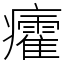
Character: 癨